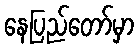
နေပြည်တော်မှာ